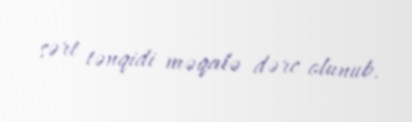
sərt tənqidi məqalə dərc olunub.